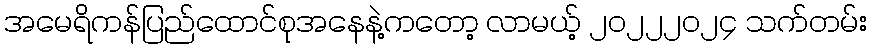
အမေရိကန်ပြည်ထောင်စုအနေနဲ့ကတော့ လာမယ့် ၂၀၂၂၂၀၂၄ သက်တမ်း